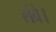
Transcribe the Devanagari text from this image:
लेंवे।